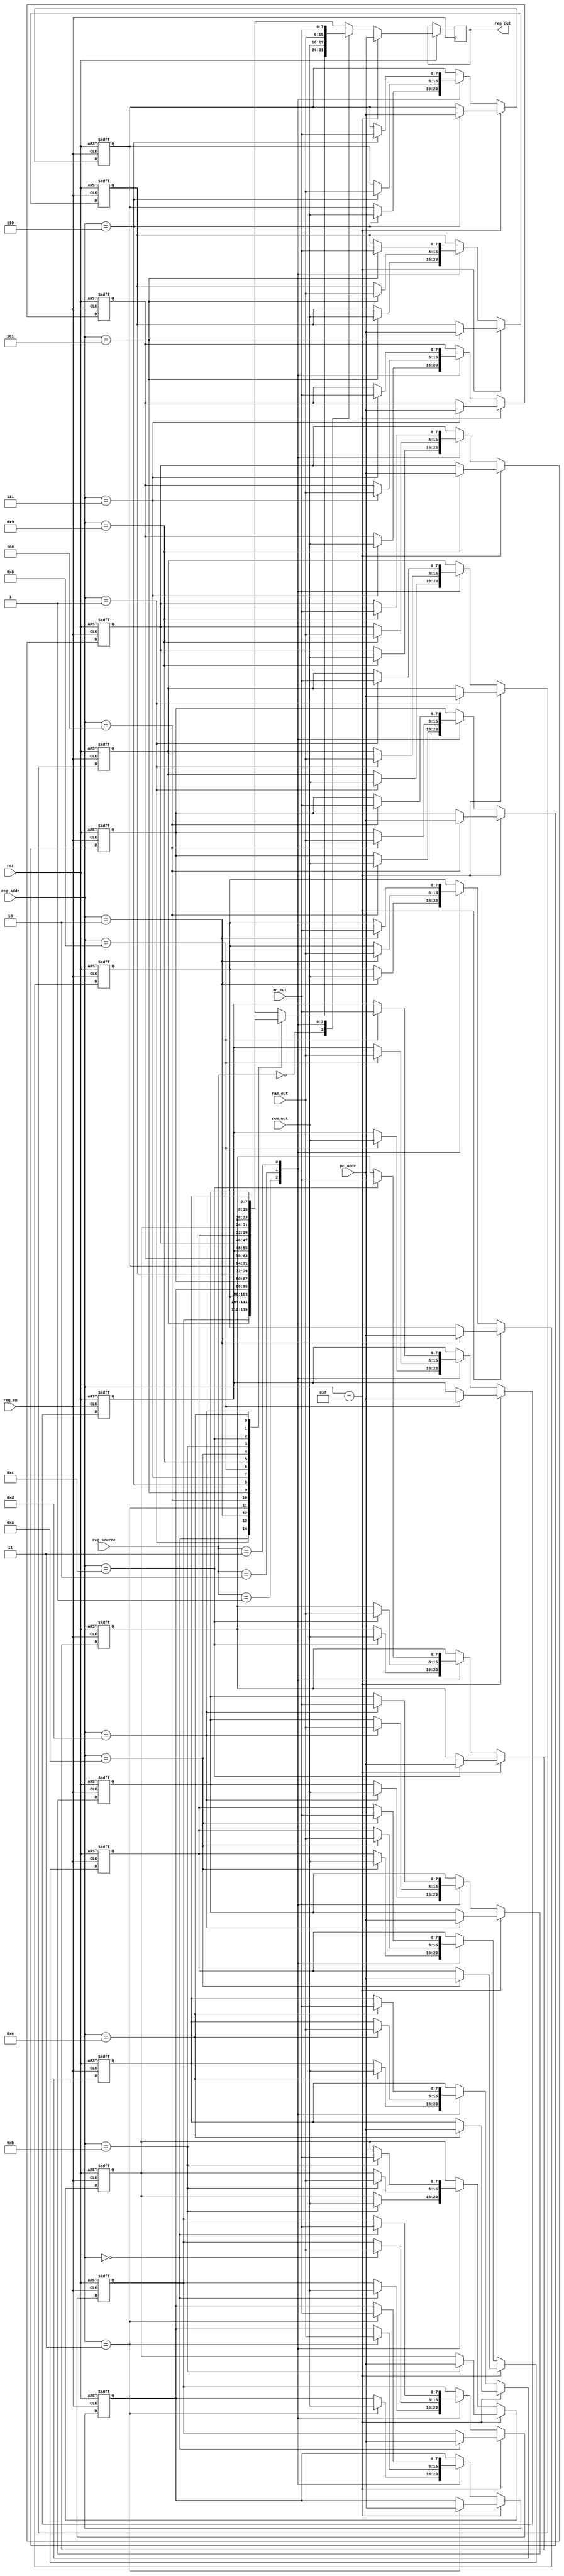
`timescale 1ns / 1ps
//////////////////////////////////////////////////////////////////////////////////
// Company: 
// Engineer: 
// 
// Design Name: 
// Module Name: regs
// Project Name: 
// Target Devices: 
// Tool Versions: 
// Description: 
// 
// Dependencies: 
// 
// Revision:
// Revision 0.01 - File Created
// Additional Comments:
// 
//////////////////////////////////////////////////////////////////////////////////


module regs(
        input rst, //  / Reset signal
        input reg_en, //  / Register enable signal
        input [3:0] reg_addr, //  / Target register address
        input [1:0] reg_source, //  / Indicate register operation
        input [7:0] rom_out, // ROM / Data from ROM
        input [7:0] ram_out, // RAM / Data from RAM
        input [7:0] ac_out, // AC / Data from AC
        input [7:0] pc_addr,

        output reg [7:0] reg_out //  / Register output data
    );

    // 168 / 16 8-bit general-purpose registers
    reg [7:0] regs [15:0];

    parameter 
        REG_OUT = 2'b00,
        ROM     = 2'b01,
        RAM     = 2'b10,
        AC      = 2'b11;

    always @(negedge rst or posedge reg_en) begin
        if (!rst) begin
            regs[0]  <= 8'b0000_0001;
            regs[1]  <= 8'b0000_0010;
            regs[2]  <= 8'b0000_0100;
            regs[3]  <= 8'b0000_0000;
            regs[4]  <= 8'b0000_0000;
            regs[5]  <= 8'b0000_0000;
            regs[6]  <= 8'b0000_0000;
            regs[7]  <= 8'b0000_0000;
            regs[8]  <= 8'b0000_0000;
            regs[9]  <= 8'b0000_0000;
            regs[10] <= 8'b0000_0000;
            regs[11] <= 8'b0000_0000;
            regs[12] <= 8'b0000_0000;
            regs[13] <= 8'b0000_0000;
            regs[14] <= 8'b0000_0000;
            regs[15] <= 8'b0000_0000;
        end else if (reg_en) begin
            // R15/PC
            // If the target register is R15/PC, no modification operation will be performed
            if (reg_addr == 4'b1111) begin
                regs[reg_addr] <= pc_addr;
                reg_out <= pc_addr;
            end else begin
                case (reg_source)
                    REG_OUT: begin
                        reg_out <= regs[reg_addr]; 
                    end
                    ROM: begin
                        regs[reg_addr] <= rom_out;
                        reg_out <= rom_out;
                    end
                    RAM: begin
                        regs[reg_addr] <= ram_out;
                        reg_out <= ram_out;
                    end
                    AC : begin
                        regs[reg_addr] <= ac_out;
                        reg_out <= ac_out;
                    end
                    default: begin
                        reg_out <= 8'bZZZZ_ZZZZ;
                    end 
                endcase
            end
        end
    end

endmodule